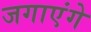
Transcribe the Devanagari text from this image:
जगाएंगे